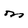
Character: M